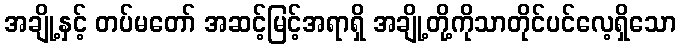
အချို့နှင့် တပ်မတော် အဆင့်မြင့်အရာရှိ အချို့တို့ကိုသာတိုင်ပင်လေ့ရှိသော